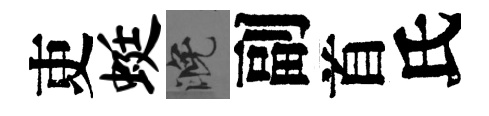
吏蜓晚副首氏